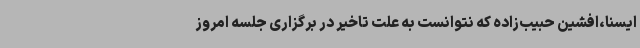
ایسنا،افشین حبیب‌زاده که نتوانست به علت تاخیر در برگزاری جلسه امروز